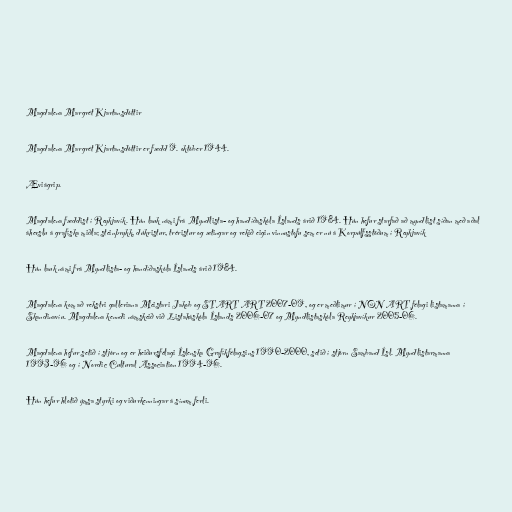
Magdalena Margrét Kjartansdóttir

Magdalena Margrét Kjartansdóttir er fædd 9. október 1944.

Æviágrip.

Magdalena fæddist í Reykjavík. Hún lauk námi frá Myndlista- og handíðaskóla Íslands árið 1984. Hún hefur starfað að myndlist síðan með aðal
áherslu á grafíska miðla; steinþrykk, dúkristur, tréristur og ætingar og rekið eigin vinnustofu sem er nú á Korpúlfsstöðum í Reykjavík

Hún lauk námi frá Myndlista- og handíðaskóla Íslands árið 1984.

Magdalena kom að rekstri galleriana Meistari Jakob og START ART 2007-09, og er meðlimur í NON ART félagi listamanna í
Skandinavíu. Magdalena kenndi námskeið við Listaháskóla Íslands 2006-07 og Myndlistaskóla Reykjavíkur 2005-06.

Magdalena hefur setið í stjórn og er heiðursfélagi Íslenska Grafíkfélagsins 1990-2000, setið í stjórn Samband Ísl. Myndlistarmanna
1993-96 og í Nordic Cultural Association 1994-96.

Hún hefur hlotið ýmsa styrki og viðurkenningar á sínum ferli.